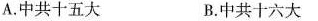
A.中共十五大 B.中共十六大